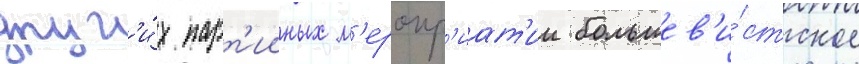
друг'и́х парт'ииных м'еропр'иат'ии большев'и́стское